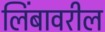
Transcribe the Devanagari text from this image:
लिंबावरील